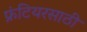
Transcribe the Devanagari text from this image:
फ्रंटियरसाठी